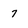
Character: 7